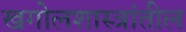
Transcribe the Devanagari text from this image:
खगोलशास्त्रांतील